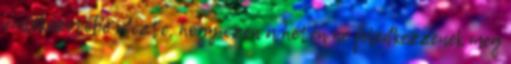
emlékezetébe idézte, hogy ezen a héten ne feledkezzenek meg